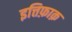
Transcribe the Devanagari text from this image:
इत्तिफ़ाक़